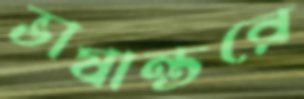
ভাষান্তরে